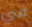
في